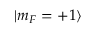
| m _ { F } = + 1 \rangle